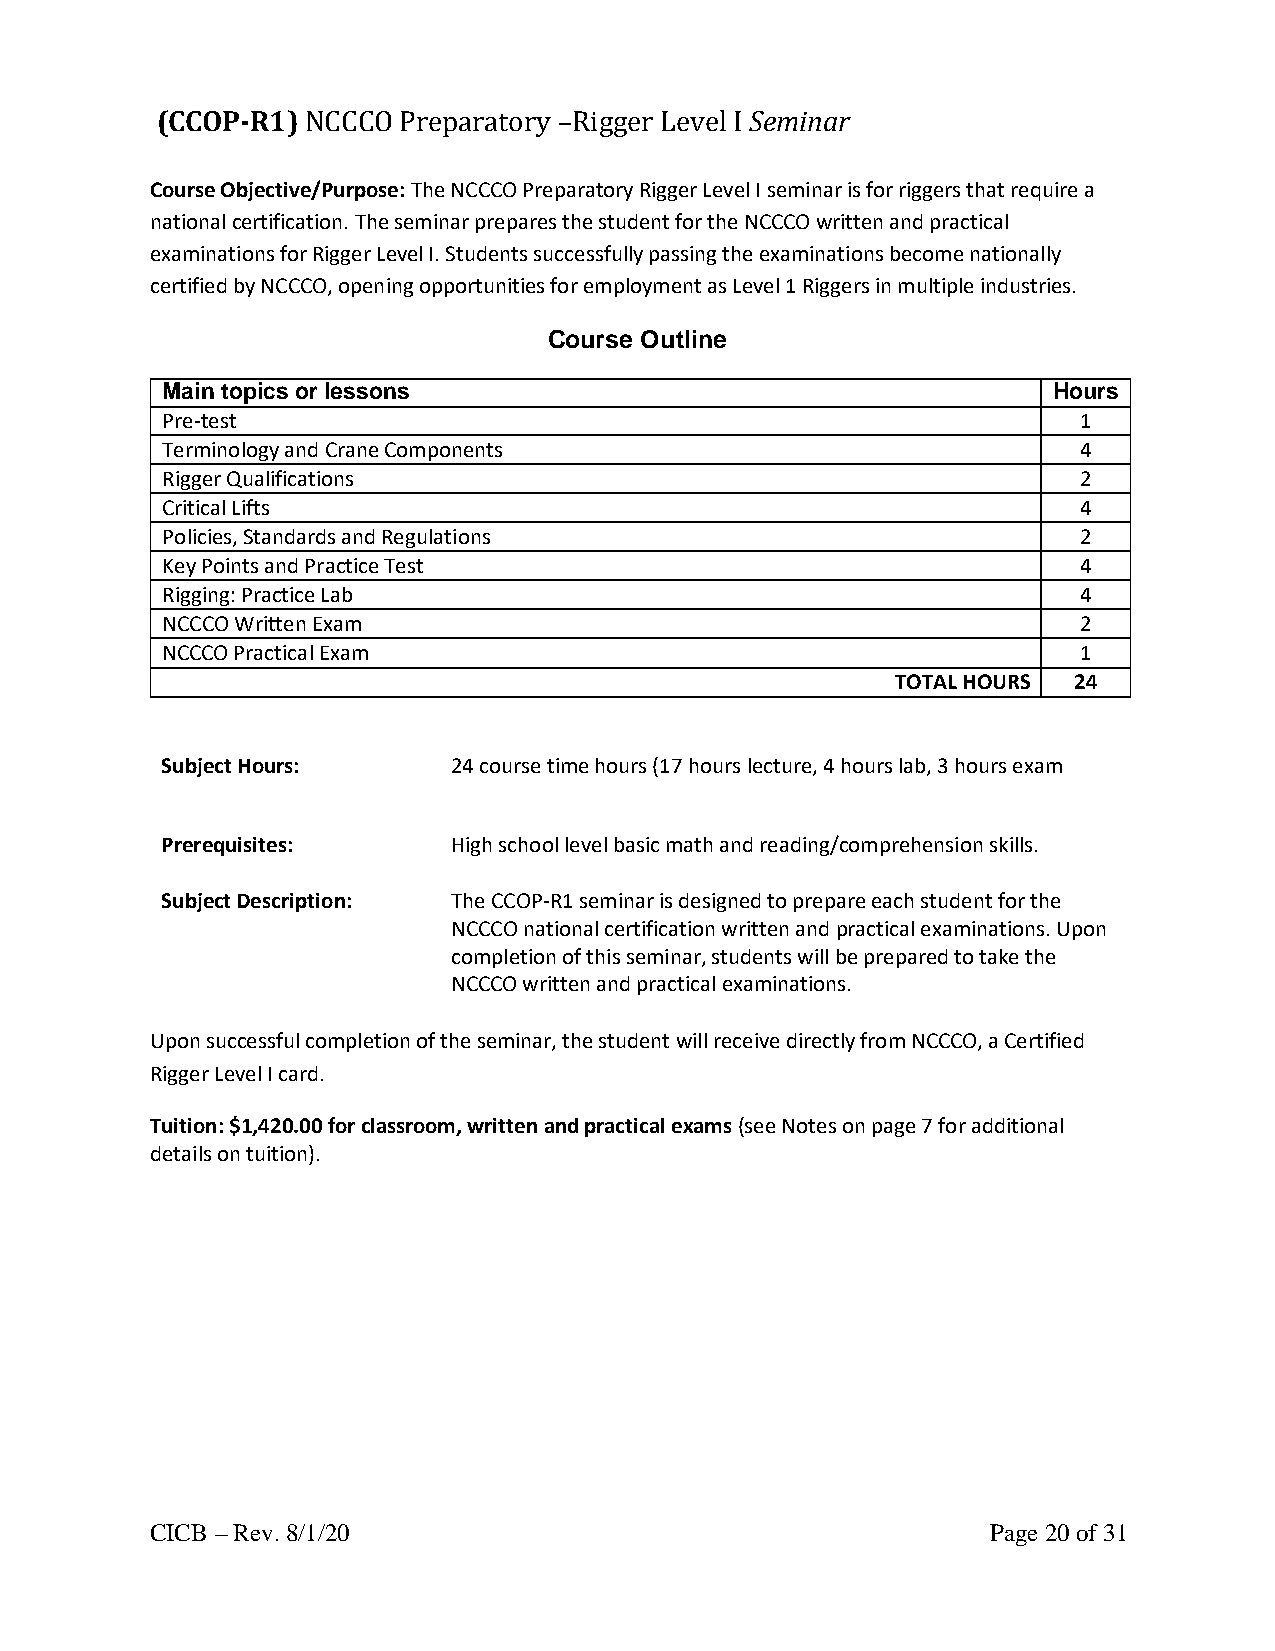
(CCOP-R1) NCCCO Preparatory –Rigger Level I Seminar
 Course Objective/Purpose: The NCCCO Preparatory Rigger Level I seminar is for riggers that require a
 national certification. The seminar prepares the student for the NCCCO written and practical
 examinations for Rigger Level I. Students successfully passing the examinations become nationally
 certified by NCCCO, opening opportunities for employment as Level 1 Riggers in multiple industries.
 Course Outline
 Main topics or lessons                                     Hours
 Pre-test                                                     1
 Terminology and Crane Components                             4
 Rigger Qualifications                                        2
 Critical Lifts                                               4
 Policies, Standards and Regulations                          2
 Key Points and Practice Test                                 4
 Rigging: Practice Lab                                        4
 NCCCO Written Exam                                           2
 NCCCO Practical Exam                                         1
 TOTAL HOURS 24
 Subject Hours:     24 course time hours (17 hours lecture, 4 hours lab, 3 hours exam
 Prerequisites:     High school level basic math and reading/comprehension skills.
 Subject Description: The CCOP-R1 seminar is designed to prepare each student for the
 NCCCO national certification written and practical examinations. Upon
 completion of this seminar, students will be prepared to take the
 NCCCO written and practical examinations.
 Upon successful completion of the seminar, the student will receive directly from NCCCO, a Certified
 Rigger Level I card.
 Tuition: $1,420.00 for classroom, written and practical exams (see Notes on page 7 for additional
 details on tuition).
 CICB – Rev. 8/1/20                                      Page 20 of 31